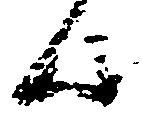
歟